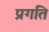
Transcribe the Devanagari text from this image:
प्रगति